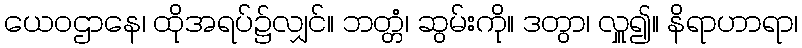
ယေဝဌာနေ၊ ထိုအရပ်၌လျှင်။ ဘတ္တံ၊ ဆွမ်းကို။ ဒတွာ၊ လှူ၍။ နိရာဟာရာ၊